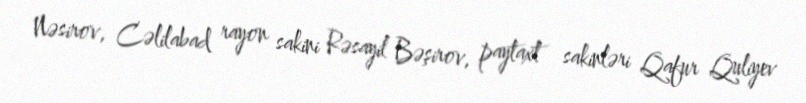
Nəsirov, Cəlilabad rayon sakini Rəsayil Bəşirov, paytaxt sakinləri Qafur Quliyev